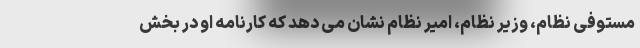
مستوفی نظام، وزیر نظام، امیر نظام نشان می دهد که کارنامه او در بخش